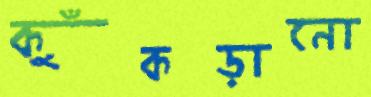
কুঁকড়ানো